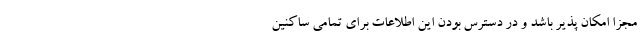
مجزا امکان پذیر باشد و در دسترس بودن این اطلاعات برای تمامی ساکنین